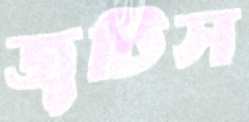
জুটিস